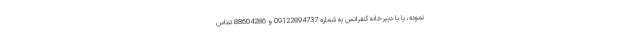
نموده، یا با دبیرخانه کنفرانس به شماره 09122894737 و 88604286 تماس